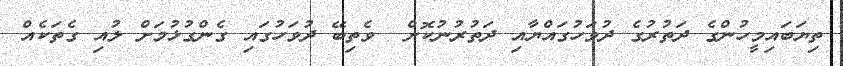
ތިޔަބައިމީހުންގެ ދަތުރުގެ ދުވަހުގައްޔާއި ދަތުރުނުކޮށް  ވެތިބޭ ދުވަހުގައި ގެންގުޅުމަށް ލުއި ގެތަކެއް